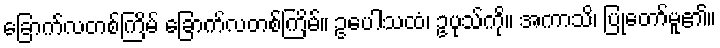
ခြောက်လတစ်ကြိမ် ခြောက်လတစ်ကြိမ်။ ဥပေါသထံ၊ ဥပုသ်ကို။ အကာသိ၊ ပြုတော်မူ၏။